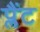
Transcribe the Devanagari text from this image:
प्लैंट